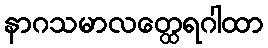
နာဂသမာလတ္ထေရဂါထာ